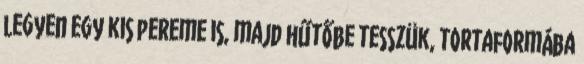
legyen egy kis pereme is, majd hűtőbe tesszük, tortaformába